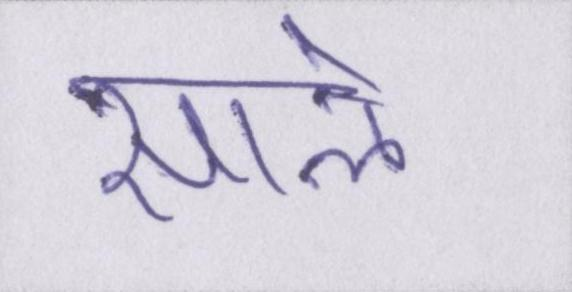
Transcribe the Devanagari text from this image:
साले